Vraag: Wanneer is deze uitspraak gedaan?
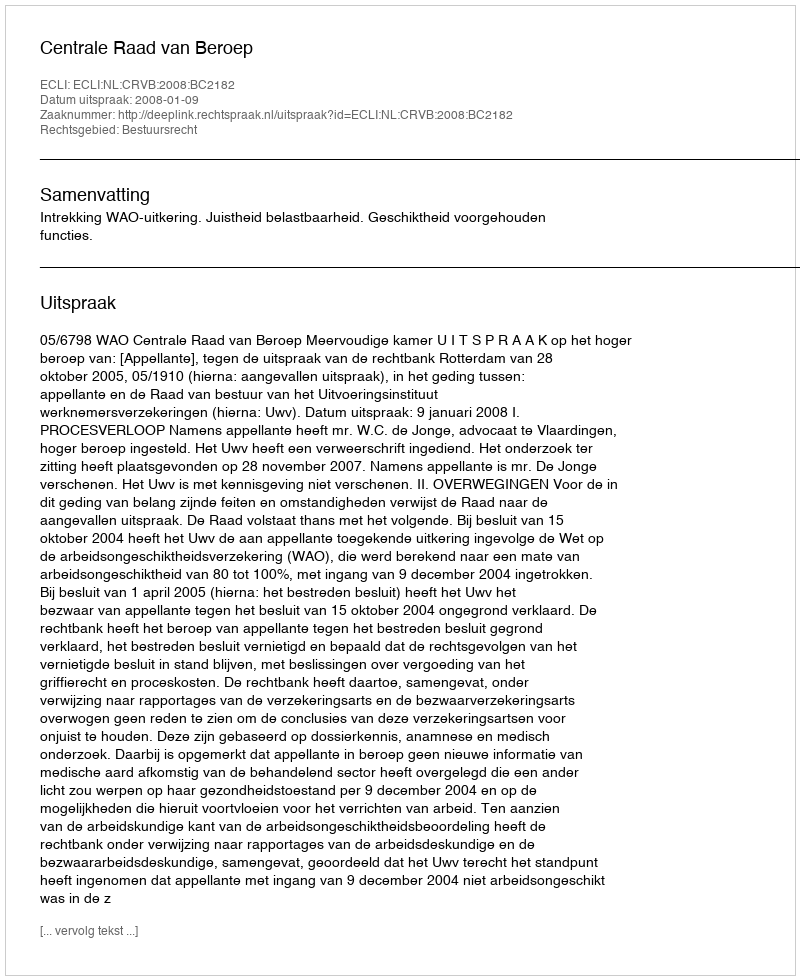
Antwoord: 2008-01-09